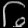
Digit: ၆